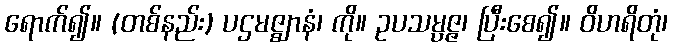
ရောက်၍။ (တစ်နည်း) ပဌမဇ္ဈာနံ၊ ကို။ ဥပသမ္ပဇ္ဇ၊ ပြီးစေ၍။ ဝိဟရိတုံ၊